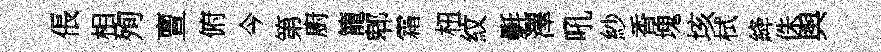
倀相殉亶俯今第廚籠郫霜杻紋氎澤吼紗香塊垓栻絳侏舆